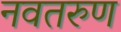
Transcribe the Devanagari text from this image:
नवतरुण